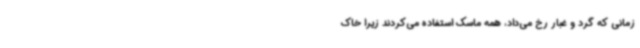
زمانی که گرد و غبار رخ می‌داد، همه ماسک استفاده می‌کردند زیرا خاک